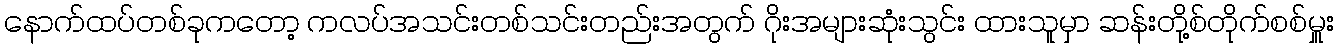
နောက်ထပ်တစ်ခုကတော့ ကလပ်အသင်းတစ်သင်းတည်းအတွက် ဂိုးအများဆုံးသွင်း ထားသူမှာ ဆန်းတို့စ်တိုက်စစ်မှူး